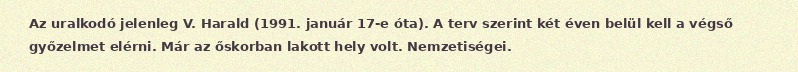
Az uralkodó jelenleg V. Harald (1991. január 17-e óta). A terv szerint két éven belül kell a végső győzelmet elérni. Már az őskorban lakott hely volt. Nemzetiségei.